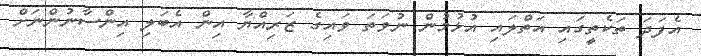
އެފަދަ ތަކެތީގައި އަތްލައި އުޅުމުން ނުވަތަ ވައިގެ ޒަރިއްޔާ އިން އެބަލި އިންސާނުންނަށް